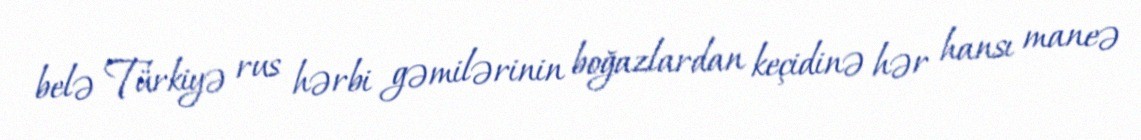
belə Türkiyə rus hərbi gəmilərinin boğazlardan keçidinə hər hansı maneə